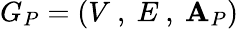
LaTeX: G_{P}=\left(V\mathrm{~,~}E\mathrm{~,~}\mathbf{A}_{P}\right)